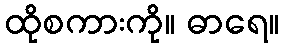
ထိုစကားကို။ ဓာရေ။